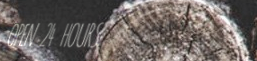
OPEN 24 HOURS